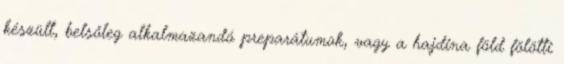
készült, belsőleg alkalmazandó preparátumok, vagy a hajdina föld fölötti